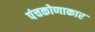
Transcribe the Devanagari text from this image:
पंचकोणाकार